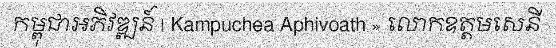
កម្ពុជាអភិវឌ្ឍន៍ | Kampuchea Aphivoath » លោកឧត្តមសេនី